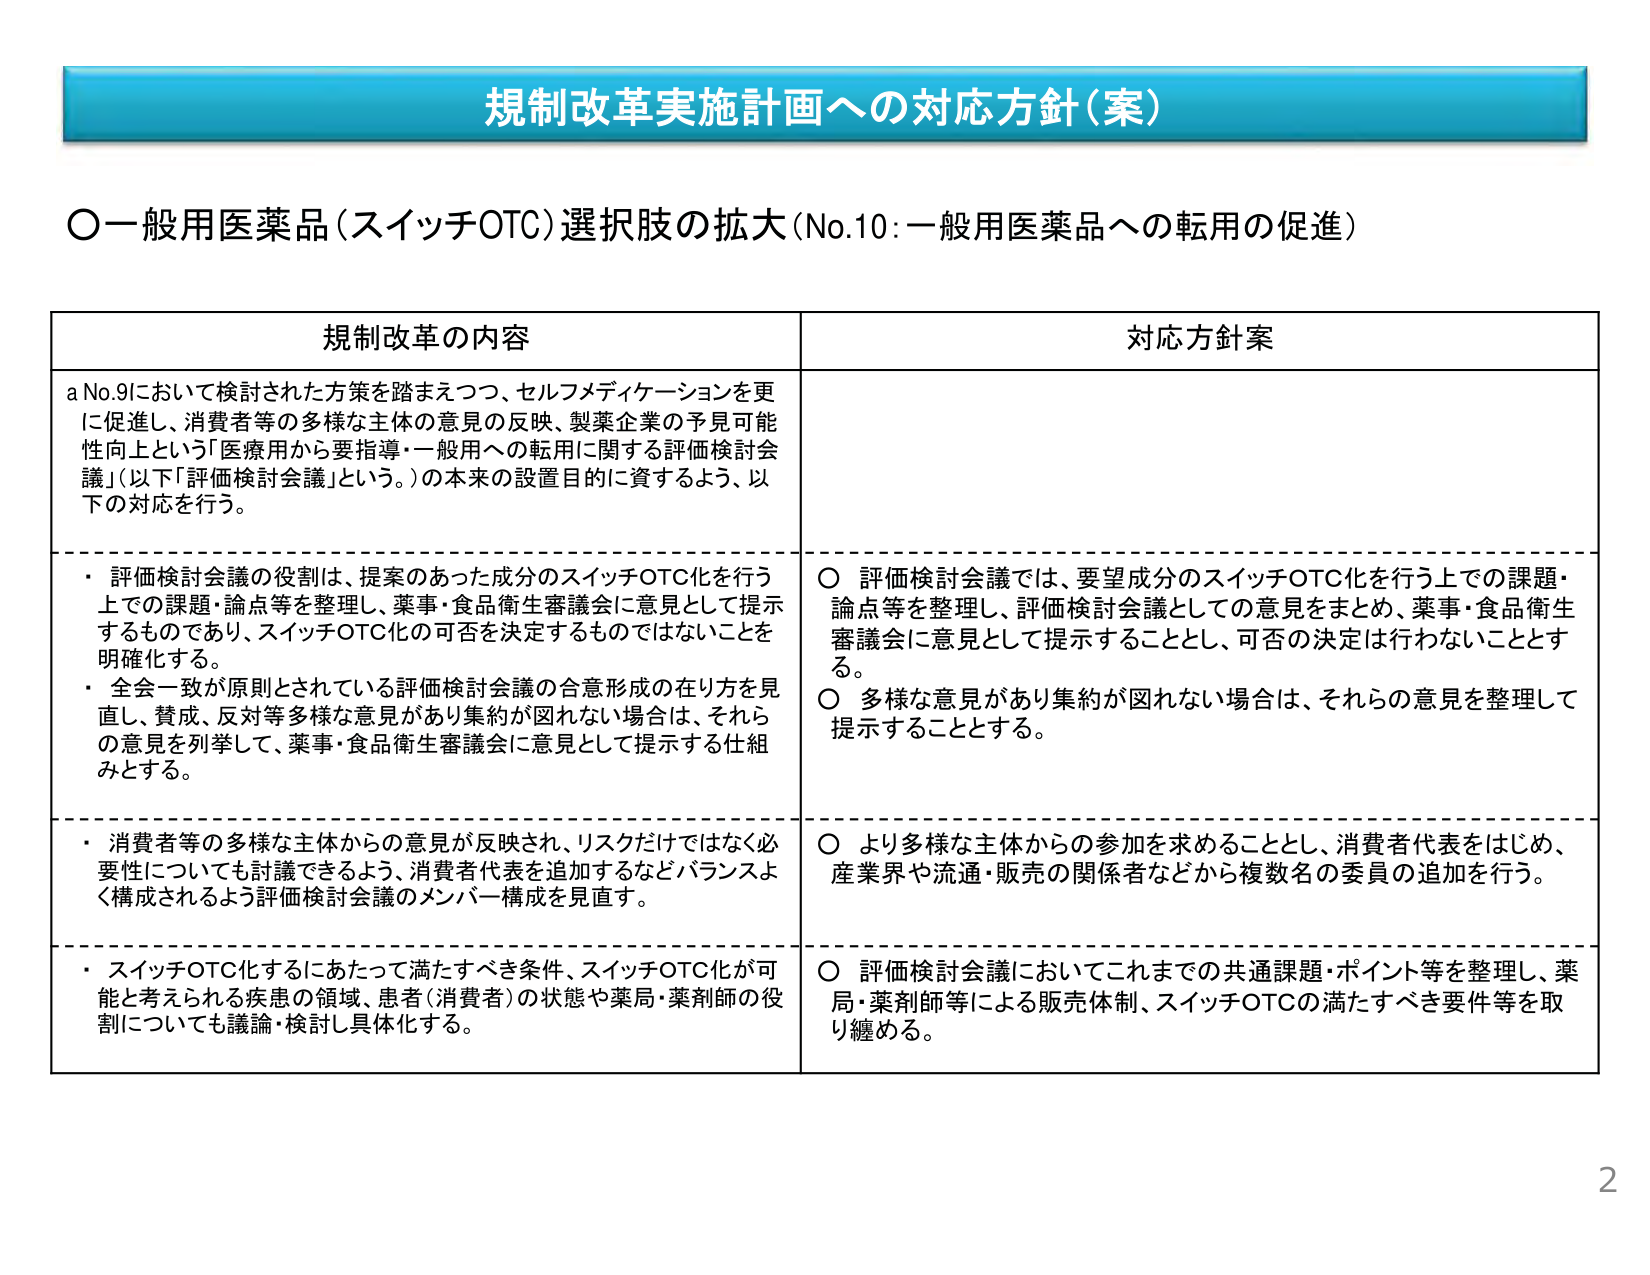
規制改革実施計画への対応方針（案）

○一般用医薬品（スイッチOTC）選択肢の拡大（No.10：一般用医薬品への転用の促進）

規制改革の内容 対応方針案

a No.9において検討された方策を踏まえつつ、セルフメディケーションを更に促進し、消費者等の多様な主体の意見の反映、製薬企業の予見可能性向上という「医療用から要指導・一般用への転用に関する評価検討会議」（以下「評価検討会議」という。）の本来の設置目的に資するよう、以下の対応を行う。

・ 評価検討会議の役割は、提案のあった成分のスイッチOTC化を行う上での課題・論点等を整理し、薬事・食品衛生審議会に意見として提示するものであり、スイッチOTC化の可否を決定するものではないことを明確化する。
・ 全会一致が原則とされている評価検討会議の合意形成の在り方を見直し、賛成、反対等多様な意見があり集約が図れない場合は、それらの意見を列挙して、薬事・食品衛生審議会に意見として提示する仕組みとする。

○ 評価検討会議では、要望成分のスイッチOTC化を行う上での課題・論点等を整理し、評価検討会議としての意見をまとめ、薬事・食品衛生審議会に意見として提示することとし、可否の決定は行わないこととする。
○ 多様な意見があり集約が図れない場合は、それらの意見を整理して提示することとする。

・ 消費者等の多様な主体からの意見が反映され、リスクだけではなく必要性についても討議できるよう、消費者代表を追加するなどバランスよく構成されるよう評価検討会議のメンバー構成を見直す。

○ より多様な主体からの参加を求めることとし、消費者代表をはじめ、産業界や流通・販売の関係者などから複数名の委員の追加を行う。

・ スイッチOTC化するにあたって満たすべき条件、スイッチOTC化が可能と考えられる疾患の領域、患者（消費者）の状態や薬局・薬剤師の役割についても議論・検討し具体化する。

○ 評価検討会議においてこれまでの共通課題・ポイント等を整理し、薬局・薬剤師等による販売体制、スイッチOTCの満たすべき要件等を取り纏める。

2